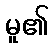
မူ၏